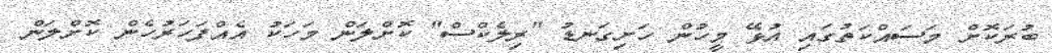
ބުރަކޮށް މަސައްކަތުގައި އުޅޭ މީހުން ހަށިގަނޑު "ރިލެކްސް" ކޮށްލަން މަހަކު އެއްފަހަރުހެން ކޮށްލަން